Punjab Mental Hospital Lahore 1922-31 - 1922-1931
Year: 1922
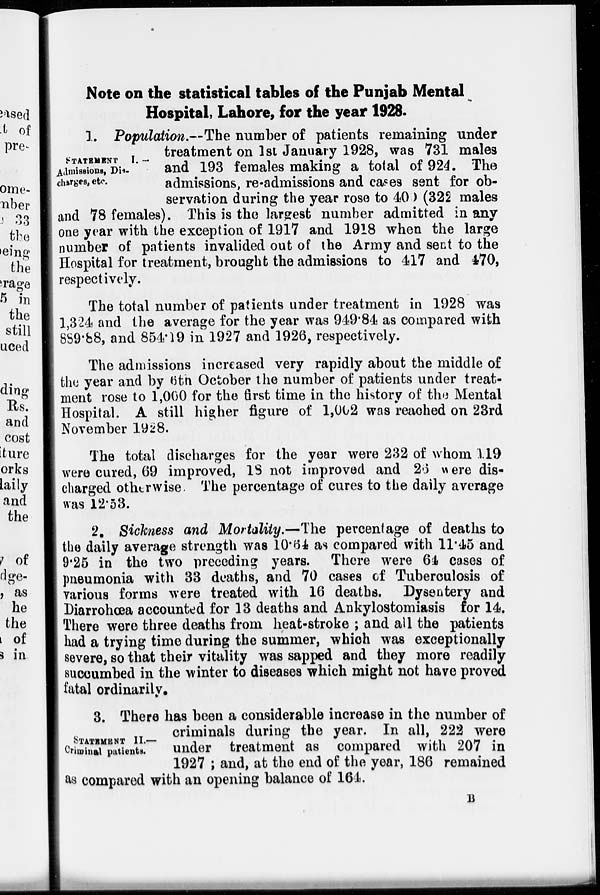
Note on the statistical tables of the Punjab Mental
Hospital, Lahore, for the year 1928.
STATEMENTS I. -
Admissions, Dis-
charges, etc.
1. Population.—The number of patients remaining under
treatment on 1st January 1928, was 731 males
and 193 females making a total of 924. The
admissions, re-admissions and cases sent for ob-
servation during the year rose to 400 (322 males
and 78 females). This is the largest number admitted in any
one year with the exception of 1917 and 1918 when the large
number of patients invalided out of the Army and sent to the
Hospital for treatment, brought the admissions to 417 and 470,
respectively.
The total number of patients under treatment in 1928 was
1,324 and the average for the year was 949.84 as compared with
889.88, and 854.19 in 1927 and 1926, respectively.
The admissions increased very rapidly about the middle of
the year and by 6th October the number of patients under treat-
ment rose to 1,000 for the first time in the history of the Mental
Hospital. A still higher figure of 1,002 was reached on 23rd
November 1928.
The total discharges for the year were 232 of whom 119
were cured, 69 improved, 18 not improved and 26 were dis-
charged otherwise. The percentage of cures to the daily average
was 12.53.
2. Sickness and Mortality.—The percentage of deaths to
the daily average strength was 10.64 as compared with 11.45 and
9.25 in the two preceding years. There were 64 cases of
pneumonia with 33 deaths, and 70 cases of Tuberculosis of
various forms were treated with 16 deaths. Dysentery and
Diarrohœa accounted for 13 deaths and Ankylostomiasis for 14.
There were three deaths from heat-stroke ; and all the patients
had a trying time during the summer, which was exceptionally
severe, so that their vitality was sapped and they more readily
succumbed in the winter to diseases which might not have proved
fatal ordinarily.
STATEMENT II.—
Criminal patients.
3. There has been a considerable increase in the number of
criminals during the year. In all, 222 were
under treatment as compared with 207 in
1927 ; and, at the end of the year, 186 remained
as compared with an opening balance of 164.
B